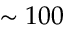
\sim 1 0 0